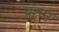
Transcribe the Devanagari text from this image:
ब्रहृम